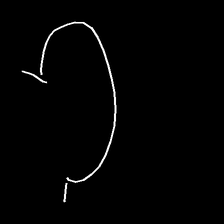
Glyph: weave